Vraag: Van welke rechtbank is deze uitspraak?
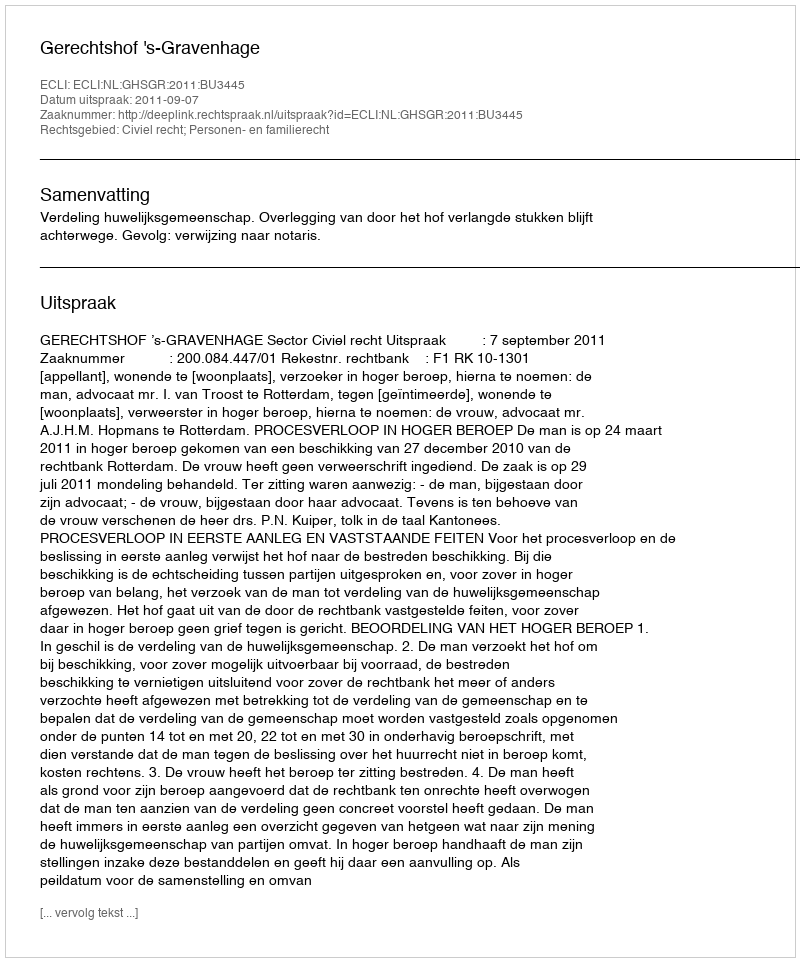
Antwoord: Gerechtshof 's-Gravenhage